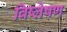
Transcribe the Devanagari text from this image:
विष्‍लेषण